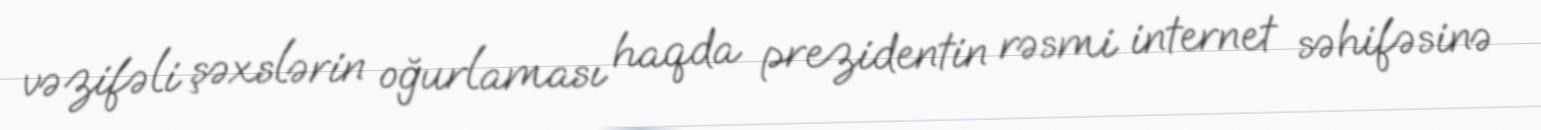
vəzifəli şəxslərin oğurlaması haqda prezidentin rəsmi internet səhifəsinə